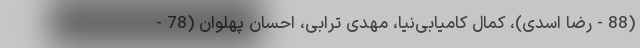
(88 - رضا اسدی)، کمال کامیابی‌نیا، مهدی ترابی، احسان پهلوان (78 -